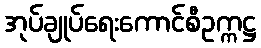
အုပ်ချုပ်ရေးကောင်စီဥက္ကဋ္ဌ